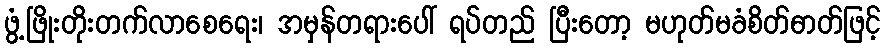
ဖွံ့ဖြိုးတိုးတက်လာစေရေး၊ အမှန်တရားပေါ် ရပ်တည် ပြီးတော့ မဟုတ်မခံစိတ်ဓာတ်ဖြင့်